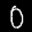
Label: 0